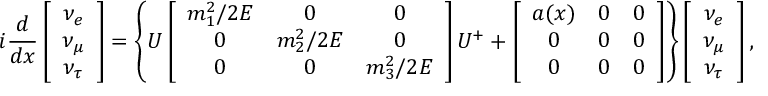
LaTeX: i \frac { d } { d x } \left[ \begin{array} { c } { { \nu _ { e } } } \\ { { \nu _ { \mu } } } \\ { { \nu _ { \tau } } } \end{array} \right] = \left\{ U \left[ \begin{array} { c c c } { { m _ { 1 } ^ { 2 } / 2 E } } & { { 0 } } & { { 0 } } \\ { { 0 } } & { { m _ { 2 } ^ { 2 } / 2 E } } & { { 0 } } \\ { { 0 } } & { { 0 } } & { { m _ { 3 } ^ { 2 } / 2 E } } \end{array} \right] U ^ { + } + \left[ \begin{array} { c c c } { { a ( x ) } } & { { 0 } } & { { 0 } } \\ { { 0 } } & { { 0 } } & { { 0 } } \\ { { 0 } } & { { 0 } } & { { 0 } } \end{array} \right] \right\} \left[ \begin{array} { c } { { \nu _ { e } } } \\ { { \nu _ { \mu } } } \\ { { \nu _ { \tau } } } \end{array} \right] ,